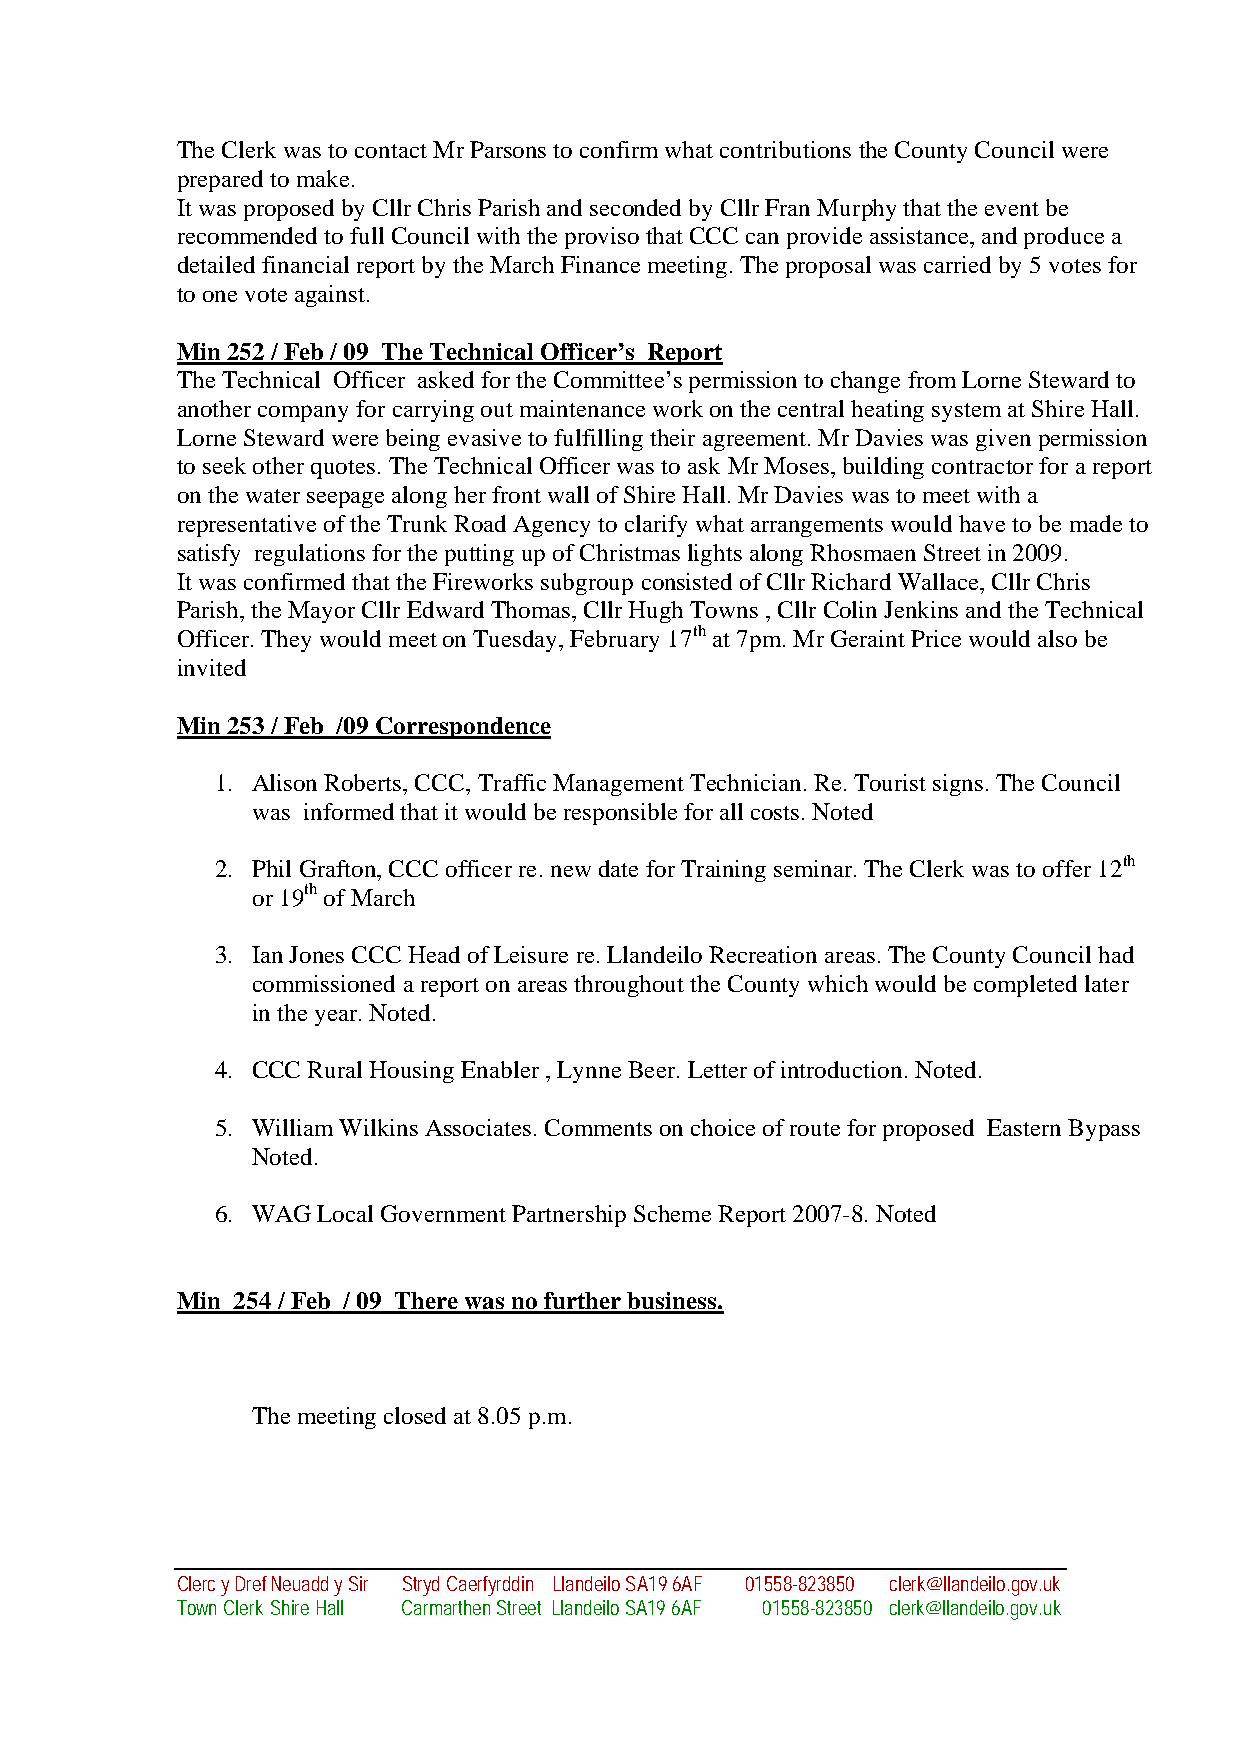
The Clerk was to contact Mr Parsons to confirm what contributions the County Council were
 prepared to make.
 It was proposed by Cllr Chris Parish and seconded by Cllr Fran Murphy that the event be
 recommended to full Council with the proviso that CCC can provide assistance, and produce a
 detailed financial report by the March Finance meeting. The proposal was carried by 5 votes for
 to one vote against.
 Min 252 / Feb / 09 The Technical Officer’s Report
 The Technical Officer asked for the Committee’s permission to change from Lorne Steward to
 another company for carrying out maintenance work on the central heating system at Shire Hall.
 Lorne Steward were being evasive to fulfilling their agreement. Mr Davies was given permission
 to seek other quotes. The Technical Officer was to ask Mr Moses, building contractor for a report
 on the water seepage along her front wall of Shire Hall. Mr Davies was to meet with a
 representative of the Trunk Road Agency to clarify what arrangements would have to be made to
 satisfy regulations for the putting up of Christmas lights along Rhosmaen Street in 2009.
 It was confirmed that the Fireworks subgroup consisted of Cllr Richard Wallace, Cllr Chris
 Parish, the Mayor Cllr Edward Thomas, Cllr Hugh Towns , Cllr Colin Jenkins and the Technical
 Officer. They would meet on Tuesday, February 17th at 7pm. Mr Geraint Price would also be
 invited
 Min 253 / Feb /09 Correspondence
 1. Alison Roberts, CCC, Traffic Management Technician. Re. Tourist signs. The Council
 was informed that it would be responsible for all costs. Noted
 2. Phil Grafton, CCC officer re. new date for Training seminar. The Clerk was to offer 12th
 or 19th of March
 3. Ian Jones CCC Head of Leisure re. Llandeilo Recreation areas. The County Council had
 commissioned a report on areas throughout the County which would be completed later
 in the year. Noted.
 4. CCC Rural Housing Enabler , Lynne Beer. Letter of introduction. Noted.
 5. William Wilkins Associates. Comments on choice of route for proposed Eastern Bypass
 Noted.
 6. WAG Local Government Partnership Scheme Report 2007-8. Noted
 Min 254 / Feb / 09 There was no further business.
 The meeting closed at 8.05 p.m.
 Clerc y Dref Neuadd y Sir Stryd Caerfyrddin Llandeilo SA19 6AF 01558-823850 clerk@llandeilo.gov.uk
 Town Clerk Shire Hall Carmarthen Street Llandeilo SA19 6AF 01558-823850 clerk@llandeilo.gov.uk